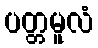
ပတ္တမူလံ